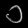
Digit: ၁